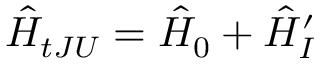
\hat { H } _ { t J U } = \hat { H } _ { 0 } + \hat { H } _ { I } ^ { \prime }